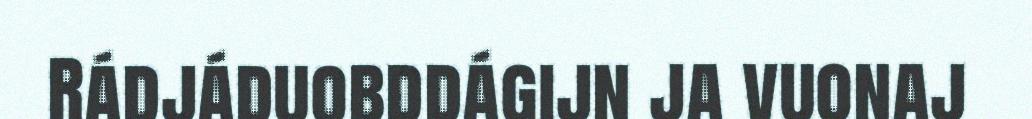
Rádjáduobddágijn ja vuonaj